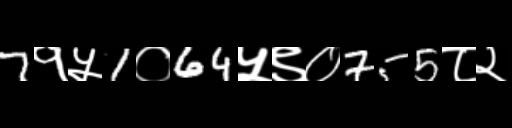
Text: 7१५1०64५९०755८२